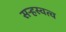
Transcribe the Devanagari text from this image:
सऱ्हस्वत्व